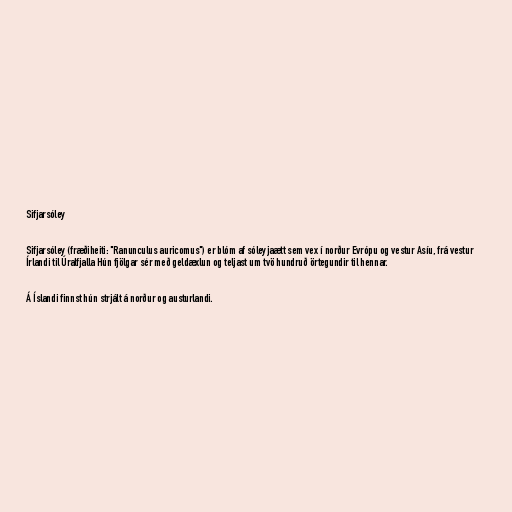
Sifjarsóley

Sifjarsóley (fræðiheiti: "Ranunculus auricomus") er blóm af sóleyjaætt sem vex í norður Evrópu og vestur Asíu, frá vestur
Írlandi til Úralfjalla Hún fjölgar sér með geldæxlun og teljast um tvö hundruð örtegundir til hennar.

Á Íslandi finnst hún strjált á norður og austurlandi.